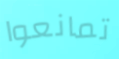
تمانعوا